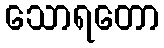
သောရတော